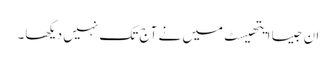
ان جیسا ایتھیسٹ میں نے آج تک نہیں دیکھا۔